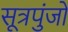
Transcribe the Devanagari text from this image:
सूत्रपुंजों